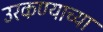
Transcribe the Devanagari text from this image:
उरकण्याच्या